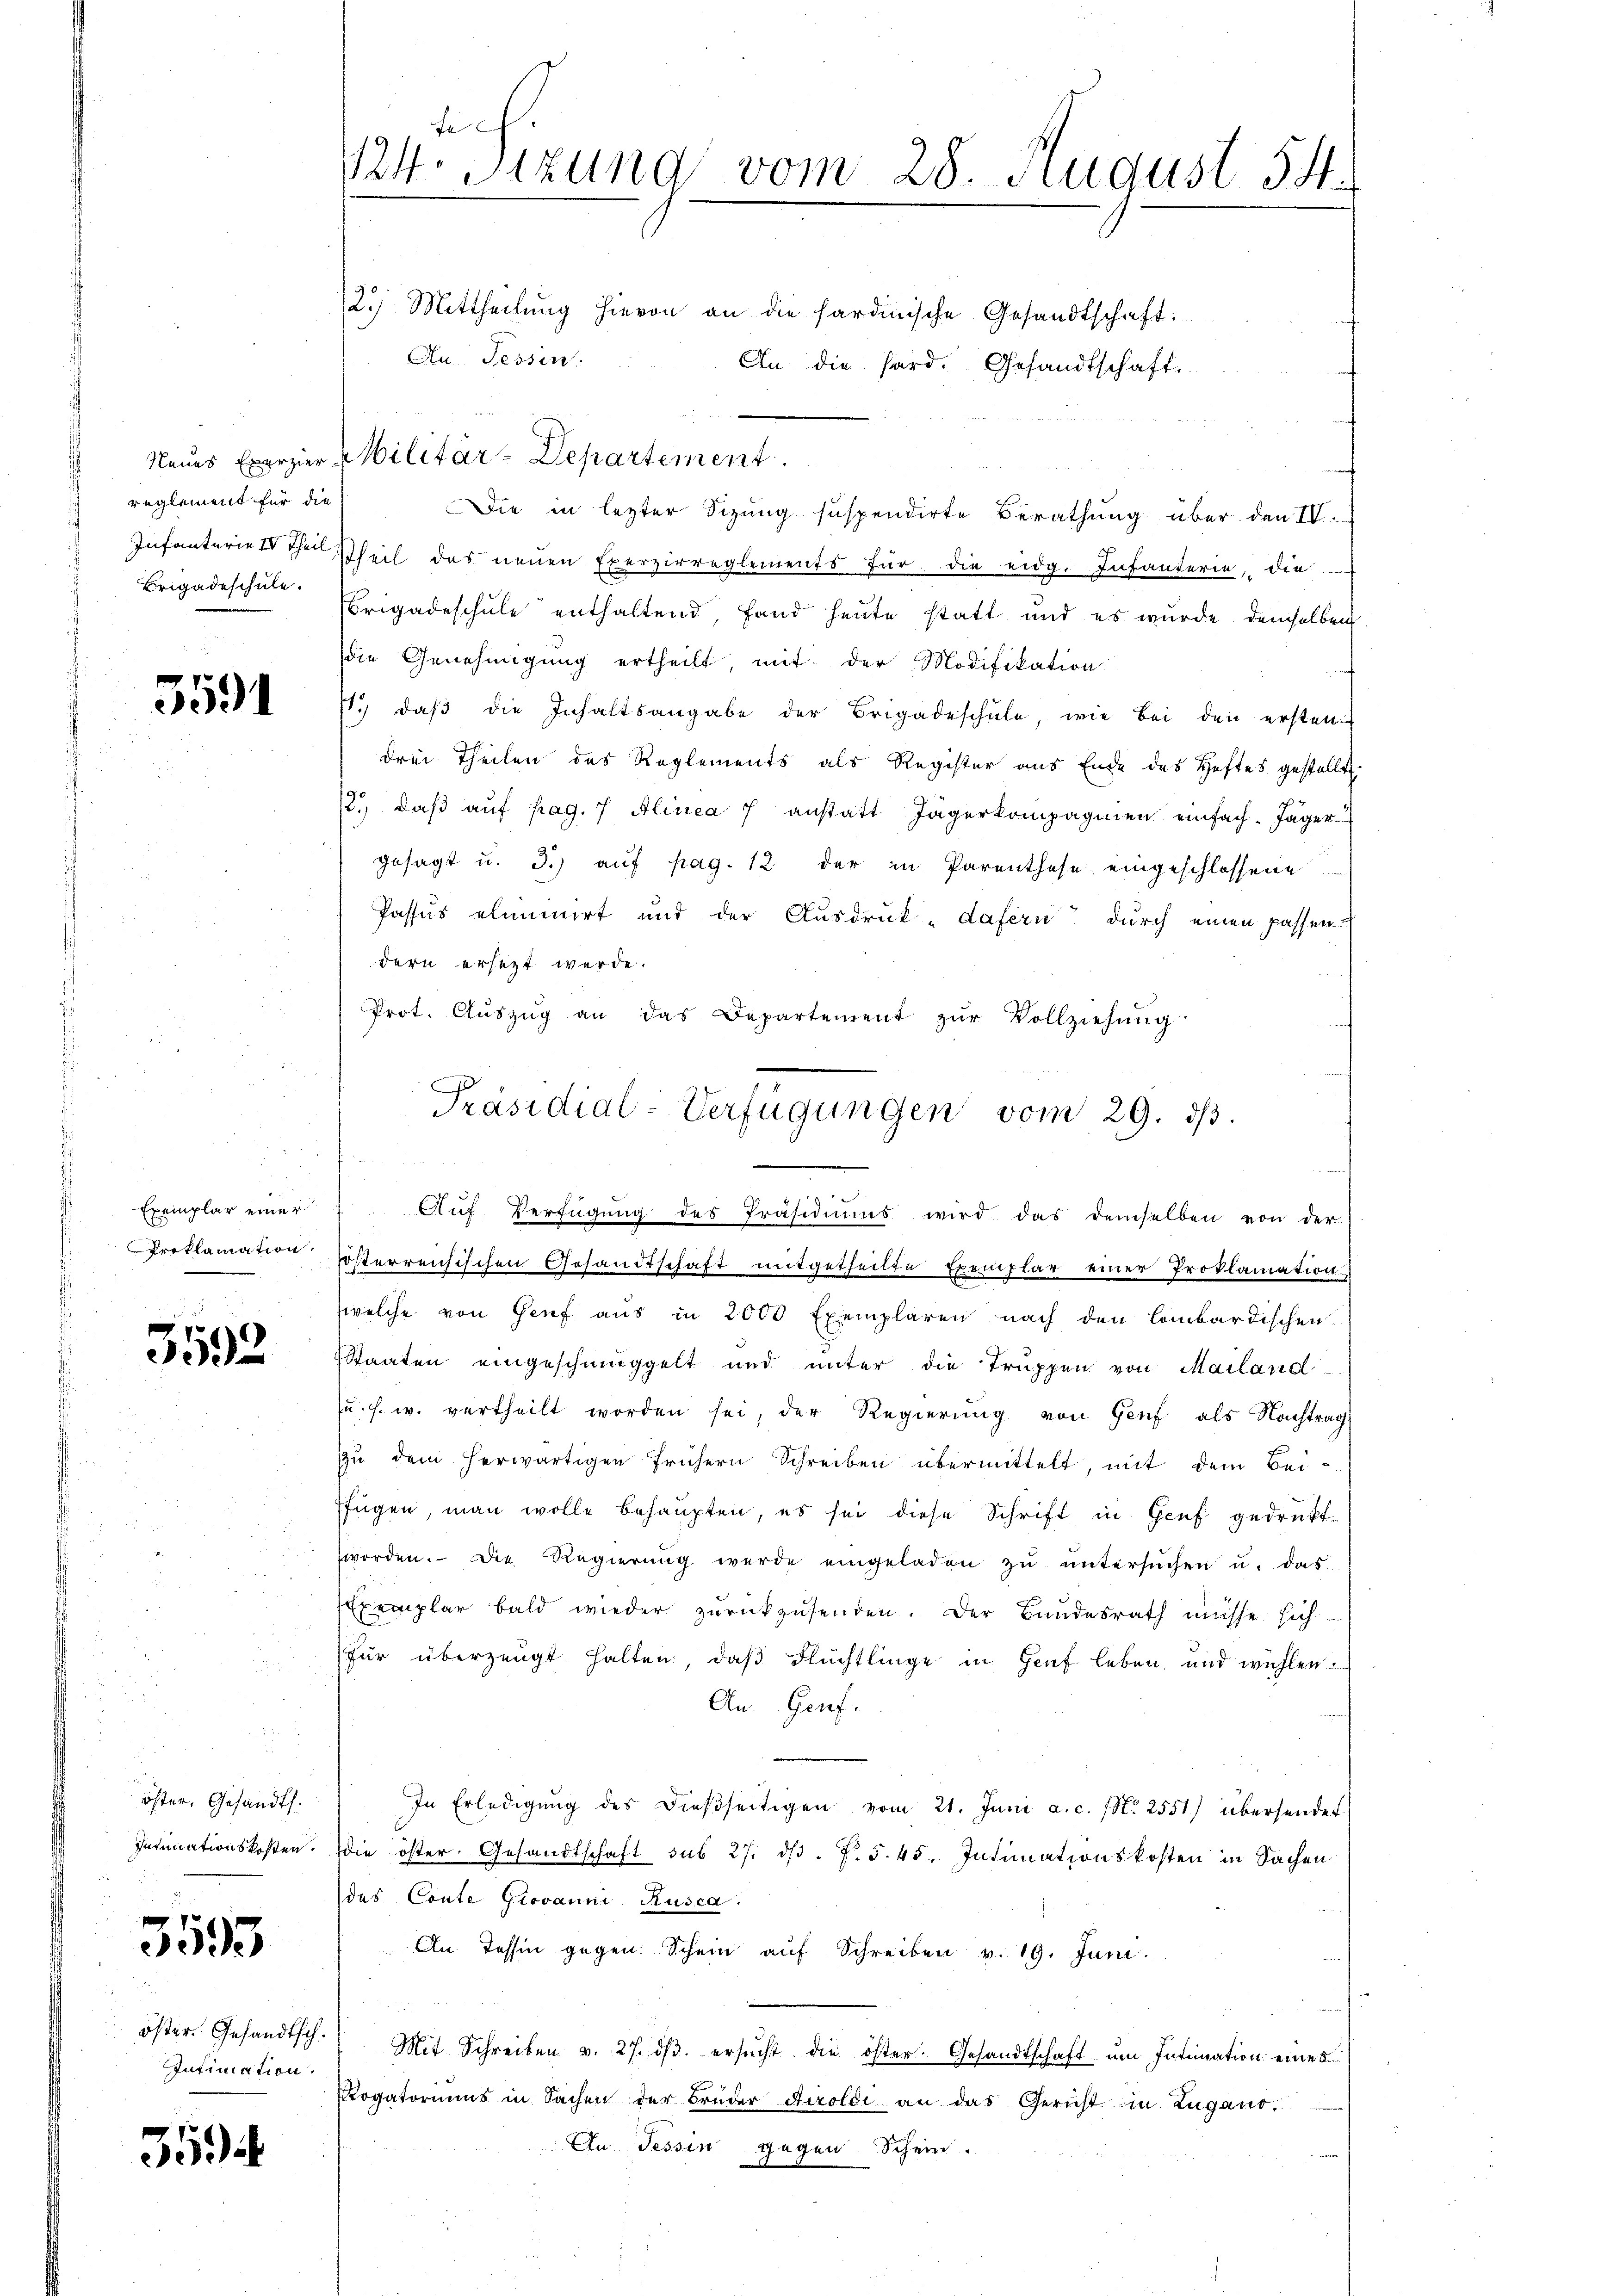
Neues Exerzier
reglement für die
Infanterie IV Theil
Brigadeschule.

3591

Exemplar einer
Proklamation.

3592

öster, Gesandts.
Intimationskosten.

3593

öster. Gesandtsch.
Intimation.

3594

tich.
124. Stund vom 28. August 54.

Au. Tessin.
An die Hard. Gesandtschaft.
Militär-Departement
Die in lezter Sizung suspendirte Berathung über den IV.

2.) Mittheilŭng hievon an die sardinische Gesandtschaft.
stheil das neuen Exerzirreglements für die eidg. Infanterie, die
Brigadeschule enthaltend Hand heute statt und es wurde demselben
die Genehmigung ertheilt, mit der Modifikation
11. daβ die Inhaltsangabe der Brigadeschŭle, wie bei den ersten
drei Theilen des Reglements als Register aus Ende des Heftes gestellt.
2., daß auf pag. 7 Alinea 7 anstatt Jägerkompagnien einfach- Jäger
gesagt u. 3.) auf pag. 12 der in Parenthese eingeschlossene
Passus eliminirt mit der Ausdruk -dafern durch einen passen
dern ersezt werde.
Prot. Aŭszŭg an das Departement zŭr Vollziehung
österreichischen Gesandtschaft mitgetheilte Exemplar einer Proklamation
welche von Genf aus in 2000 Exemplaren nach den lombardischen
Staaten eingeschmuggelt und unter die Truppen von Mailand-
u. s. w. vertheilt worden sei, der Regierung von Genf als Nachtrag
zu dem herwärtigen frühern Schreiben übermittelt, mit dem Beiffügen, man wolle behaupten, es sei diese Schrift in Genf gedrückt.
worden. Die Regierŭng werde eingeladen zu untersŭchen u. das
Exemplar bald wieder zurückzusenden. Der Bundesrath müsse sich
für überzeugt halten, daß Flüchtlinge in Genf leben, und wühlen
An. Genf.
In Erledigŭng des dießseitigen vom 21. Juni a.c. (N. 2551) übersendet
die öster. Gesandtschaft sub 27. dβ. §. 5. 45. Intimationskosten in Sachen
des Conte Giovanni Rusca.
An Tessin gegen Schein aŭf Schreiben v. 19. Juni
Mit Schreiben v. 27. dβ. ersŭcht die öster. Gesandtschaft um Intimation eines
Rogatoriums in Sachen der Bruder Airoldi an das Gericht in Zugano,
An Tessin gegen. Schein.

Präsidial-Verfügungen vom 29. ds.
Auf Verfügung des Präsidiums wird das demselben von der